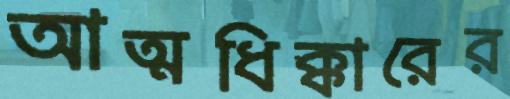
আত্মধিক্কারের